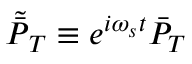
\tilde { \bar { P } } _ { T } \equiv e ^ { i \omega _ { s } t } \bar { P } _ { T }